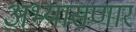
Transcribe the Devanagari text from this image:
अभ्यासणार